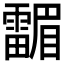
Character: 𱁤